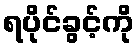
ရပိုင်ခွင့်ကို